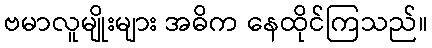
ဗမာလူမျိုးများ အဓိက နေထိုင်ကြသည်။